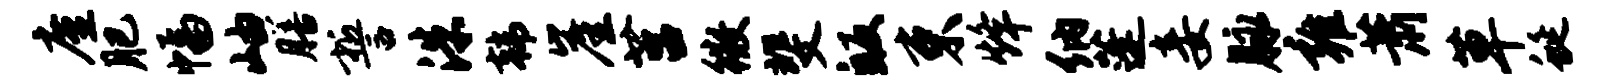
廑肥幅岫膳誓洙韩崖莒徽斐皈束烽纳蓬妾脉雍萧草蜒